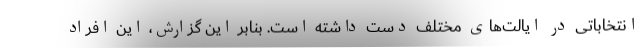
انتخاباتی در ایالت‌های مختلف دست داشته است. بنابر این گزارش، این افراد